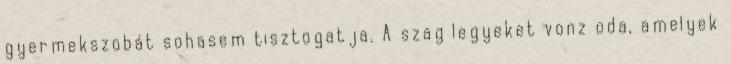
gyermekszobát sohasem tisztogatja. A szag legyeket vonz oda, amelyek